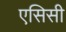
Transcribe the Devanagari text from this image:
एसिसी